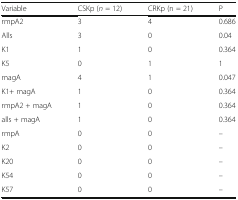
| Variable | CSKp (n = 12) | CRKp (n = 21) | P |
 | --- | --- | --- | --- |
 | rmpA2 | 3 | 4 | 0.686 |
 | Alls | 3 | 0 | 0.04 |
 | K1 | 1 | 0 | 0.364 |
 | K5 | 0 | 1 | 1 |
 | magA | 4 | 1 | 0.047 |
 | K1+ magA | 1 | 0 | 0.364 |
 | rmpA2 + magA | 1 | 0 | 0.364 |
 | alls + magA | 1 | 0 | 0.364 |
 | rmpA | 0 | 0 | – |
 | K2 | 0 | 0 | – |
 | K20 | 0 | 0 | – |
 | K54 | 0 | 0 | – |
 | K57 | 0 | 0 | – |